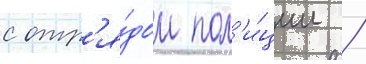
с отр'я́дом пол'и́ции /